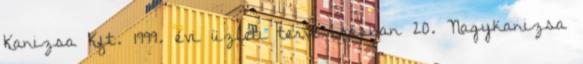
Kanizsa Kft. 1999. évi üzleti terve írásban 20. Nagykanizsa